On kala azar, malaria and malarial cachexia - Number 19
Disease focus: Malaria
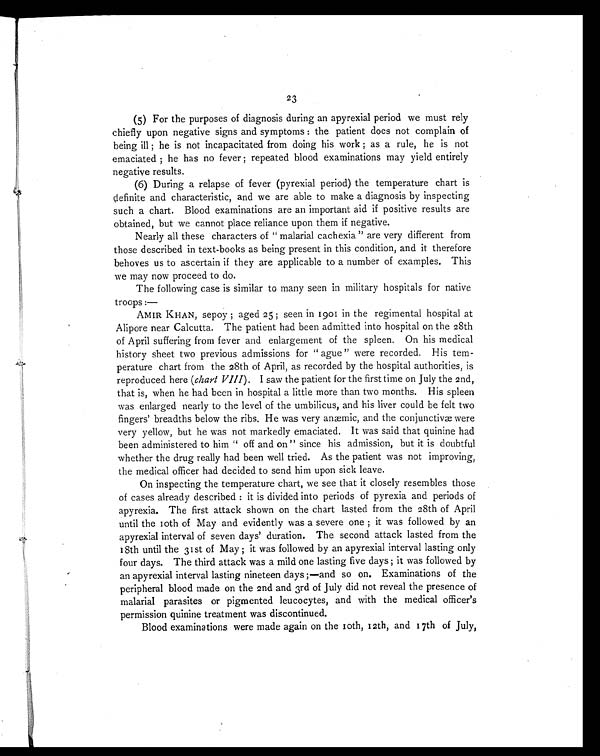
23
(5) For the purposes of diagnosis during an apyrexial period we must rely
chiefly upon negative signs and symptoms : the patient does not complain of
being ill ; he is not incapacitated from doing his work ; as a rule, he is not
emaciated ; he has no fever ; repeated blood examinations may yield entirely
negative results.
(6) During a relapse of fever (pyrexial period) the temperature chart is
definite and characteristic, and we are able to make a diagnosis by inspecting
such a chart. Blood examinations are an important aid if positive results are
obtained, but we cannot place reliance upon them if negative.
Nearly all these characters of " malarial cachexia " are very different from
those described in text-books as being present in this condition, and it therefore
behoves us to ascertain if they are applicable to a number of examples. This
we may now proceed to do.
The following case is similar to many seen in military hospitals for native
troops :—
AMIR KHAN, sepoy ; aged 25 ; seen in 1901 in the regimental hospital at
Alipore near Calcutta. The patient had been admitted into hospital on the 28th
of April suffering from fever and enlargement of the spleen. On his medical
history sheet two previous admissions for " ague " were recorded. His tem-
perature chart from the 28th of April, as recorded by the hospital authorities, is
reproduced here (chart VIII). I saw the patient for the first time on July the 2nd,
that is, when he had been in hospital a little more than two months. His spleen
was enlarged nearly to the level of the umbilicus, and his liver could be felt two
fingers' breadths below the ribs. He was very anæmic, and the conjunctivæ were
very yellow, but he was not markedly emaciated. It was said that quinine had
been administered to him " off and on " since his admission, but it is doubtful
whether the drug really had been well tried. As the patient was not improving,
the medical officer had decided to send him upon sick leave.
On inspecting the temperature chart, we see that it closely resembles those
of cases already described : it is divided into periods of pyrexia and periods of
apyrexia. The first attack shown on the chart lasted from the 28th of April
until the 10th of May and evidently was a severe one ; it was followed by an
apyrexial interval of seven days' duration. The second attack lasted from the
18th until the 31st of May ; it was followed by an apyrexial interval lasting only
four days. The third attack was a mild one lasting five days ; it was followed by
an apyrexial interval lasting nineteen days ;—and so on. Examinations of the
peripheral blood made on the 2nd and 3rd of July did not reveal the presence of
malarial parasites or pigmented leucocytes, and with the medical officer's
permission quinine treatment was discontinued.
Blood examinations were made again on the 10th, 12th, and 17th of July,